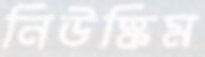
নিউস্কিম